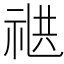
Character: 𬒸